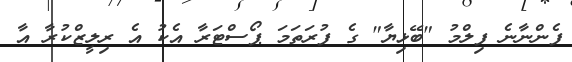
ފެންނާނެ ފިލްމު "ބޭޅިޔާ" ގެ ފުރަތަމަ ޕޯސްޓަރާ އެކު އެ ރިލީޒްކުރާ އާ